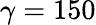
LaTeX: \gamma=150